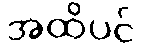
အထိပင်